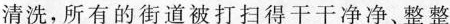
清洗，所有的街道被打扫得干干净净、整整